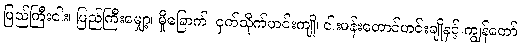
ပြည်ကြီးငါး၊ ပြည်ကြီးမျှော့၊ မှိုခြောက်၊ ငှက်သိုက်ဟင်းကျို၊ ငါးမန်းတောင်ဟင်းချိုနှင့် ကျွန်တော်